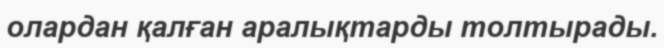
олардан қалған аралықтарды толтырады.